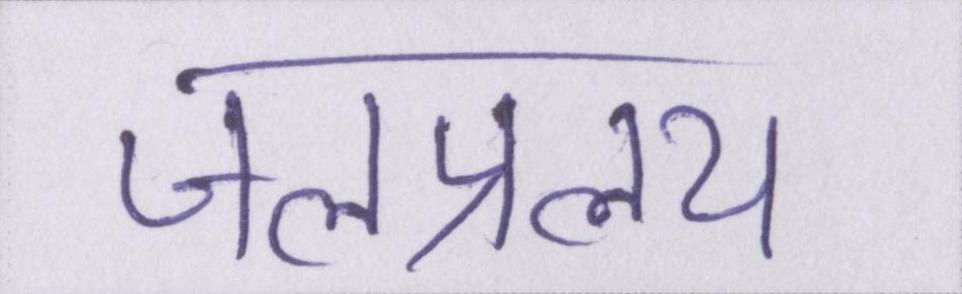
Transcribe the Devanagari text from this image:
जलप्रलय